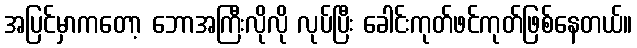
အပြင်မှာကတော့ ဘောအကြီးလိုလို လုပ်ပြီး ခေါင်းကုတ်ဖင်ကုတ်ဖြစ်နေတယ်။